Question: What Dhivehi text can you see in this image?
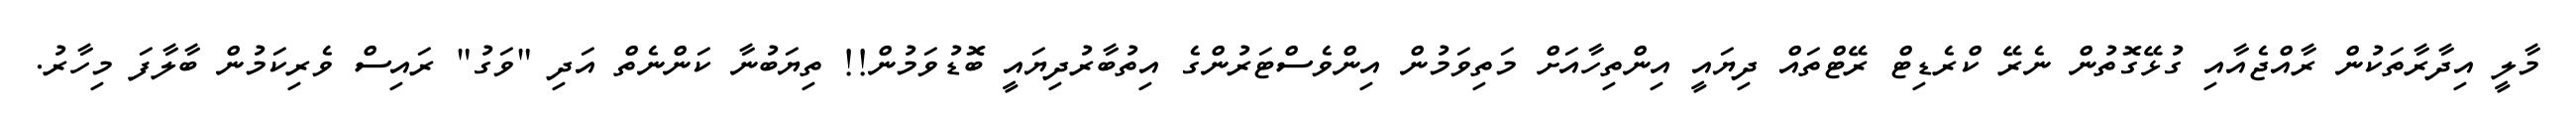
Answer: މާލީ އިދާރާތަކުން ރާއްޖެއާއި ގުޅޭގޮތުން ނެރޭ ކްރެޑިޓް ރޭޓްތައް ދިޔައީ އިންތިހާއަށް މަތިވަމުން އިންވެސްޓަރުންގެ އިތުބާރުދިޔައީ ބޮޑުވަމުން!! ތިޔަބުނާ ކަންނެތް އަދި "ވަގު" ރައިސް ވެރިކަމުން ބާލާފަ މިހާރު.